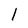
Character: 1